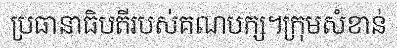
ប្រធានាធិបតីរបស់គណបក្ស។ក្រុមសំខាន់